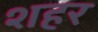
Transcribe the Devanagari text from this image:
शहर